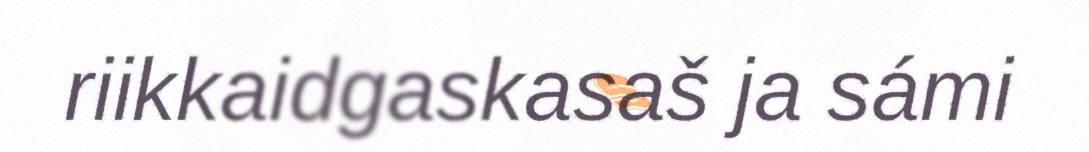
riikkaidgaskasaš ja sámi